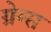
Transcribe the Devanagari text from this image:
ग्रेग्स